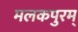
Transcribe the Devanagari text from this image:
मलकपुरम्‌